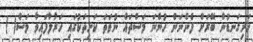
ހަށިގަނޑުން ބޭރަށް ފެންނަން ހުންނަ މަސްތައް ނުވަތަ ކަށިތަކުގައި ހަރުލާފައިވާ މަސް( )